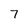
Character: 7